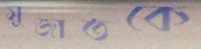
সুজাতকে